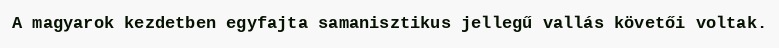
A magyarok kezdetben egyfajta samanisztikus jellegű vallás követői voltak.